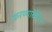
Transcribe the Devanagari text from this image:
करण्याखेरीज